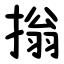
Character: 㨣